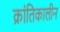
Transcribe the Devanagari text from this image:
क्रांतिकालीन